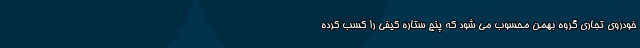
خودروی تجاری گروه بهمن محسوب می شود که پنج ستاره کیفی را کسب کرده